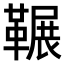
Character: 𮧥